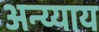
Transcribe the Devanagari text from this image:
अन्य्याय